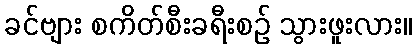
ခင်ဗျား စကိတ်စီးခရီးစဉ် သွားဖူးလား။